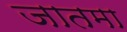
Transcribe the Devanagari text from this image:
जातमा